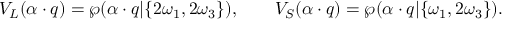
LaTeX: V _ { L } ( \alpha \cdot q ) = \wp ( \alpha \cdot q | \{ 2 \omega _ { 1 } , 2 \omega _ { 3 } \} ) , \qquad V _ { S } ( \alpha \cdot q ) = \wp ( \alpha \cdot q | \{ \omega _ { 1 } , 2 \omega _ { 3 } \} ) .